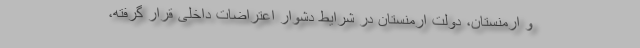
و ارمنستان، دولت ارمنستان در شرایط دشوار اعتراضات داخلی قرار گرفته،